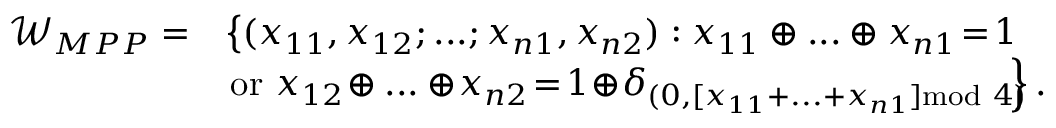
\begin{array} { r l } { \mathcal { W } _ { M P P } = } & { \left\{ ( x _ { 1 1 } , x _ { 1 2 } ; . . . ; x _ { n 1 } , x _ { n 2 } ) : x _ { 1 1 } \oplus . . . \oplus x _ { n 1 } \! = \! 1 \right. } \\ & { \left. \mathrm { o r } ~ x _ { 1 2 } \! \oplus . . . \oplus \! x _ { n 2 } \! = \! 1 \! \oplus \! \delta _ { ( 0 , [ x _ { 1 1 } + . . . + x _ { n 1 } ] \mathrm { m o d } ~ 4 ) } \! \! \! \right\} . } \end{array}